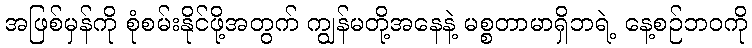
အဖြစ်မှန်ကို စုံစမ်းနိုင်ဖို့အတွက် ကျွန်မတို့အနေနဲ့ မစ္စတာမာရှိဘရဲ့ နေ့စဉ်ဘဝကို